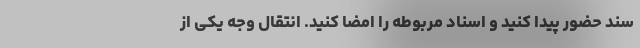
سند حضور پیدا کنید و اسناد مربوطه را امضا کنید. انتقال وجه یکی از